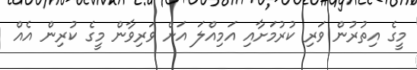
މީގެ އިތުރުން ވަރި ކުރުމަށާއި އަމިއްލަ އަށް ވަރިވާން މީގެ ކުރިން އެއް